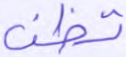
تظن